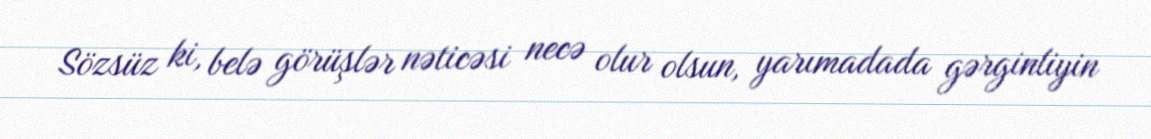
Sözsüz ki, belə görüşlər nəticəsi necə olur olsun, yarımadada gərginliyin